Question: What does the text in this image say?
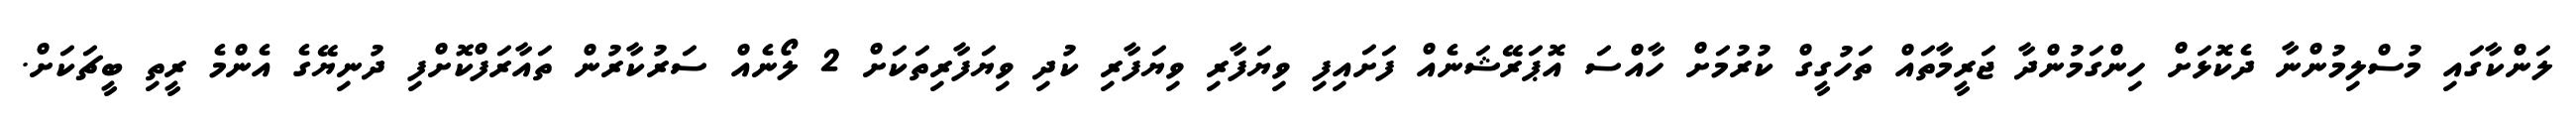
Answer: ލަންކާގައި މުސްލިމުންނާ ދެކޮޅަށް ހިންގަމުންދާ ޖަރީމާތައް ތަހުގީގް ކުރުމަށް ހާއްސަ އޮޕަރޭޝަނެއް ފަށައިފި ވިޔަފާރި ވިޔަފާރި ކުދި ވިޔަފާރިތަކަށް 2 ލޯނެއް ސަރުކާރުން ތައާރަފްކޮށްފި ދުނިޔޭގެ އެންމެ ރީތި ބީޗަކަށް.